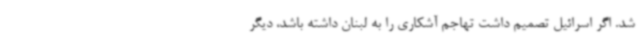
شد. اگر اسرائیل تصمیم داشت تهاجم آشکاری را به لبنان داشته باشد، دیگر